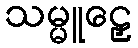
သမ္မူဠှေ